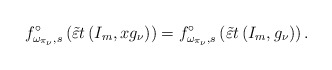
\begin{align*}f_{\omega_{\pi_\nu},s}^\circ\left(\tilde{\varepsilon} t\left(I_m,xg_\nu\right)\right)=f_{\omega_{\pi_\nu},s}^\circ\left(\tilde{\varepsilon} t\left(I_m,g_\nu\right)\right).\end{align*}